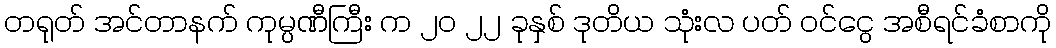
တရုတ် အင်တာနက် ကုမ္ပဏီကြီး က ၂၀ ၂၂ ခုနှစ် ဒုတိယ သုံးလ ပတ် ဝင်ငွေ အစီရင်ခံစာကို